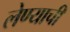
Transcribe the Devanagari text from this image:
लेण्याची